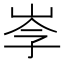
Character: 𡥏